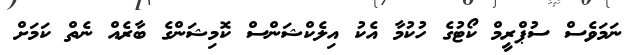
ނަމަވެސް ސުޕްރީމް ކޯޓުގެ ހުކުމާ އެކު އިލެކްޝަންސް ކޮމިޝަންގެ ބާރެއް ނެތް ކަމަށް